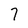
Character: 7